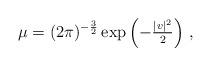
LaTeX: \begin{align*}\mu=(2\pi)^{-\frac{3}{2}}\exp\left(-\tfrac{|v|^2}{2}\right)\,,\end{align*}